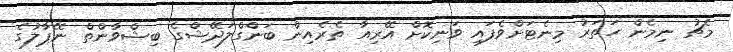
މެޗު ނިމެން ހަތަރު މިނެޓަށްވެފައި ވަނިކޮށް އޭރިއާ ތެރެއިން ބަންގްލަދޭޝްގެ ބިޝްވާންތް ނޭޕާލުގެ